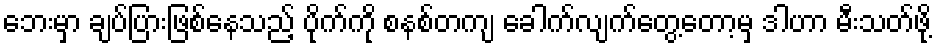
ဘေးမှာ ချပ်ပြားဖြစ်နေသည့် ပိုက်ကို စနစ်တကျ ခေါက်လျက်တွေ့တော့မှ ဒါဟာ မီးသတ်ဖို့